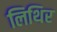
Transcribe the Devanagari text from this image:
लिथिर